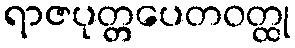
ရာဇပုတ္တပေတဝတ္ထု